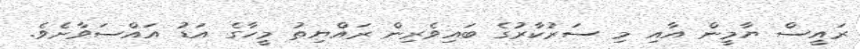
ރައީސް ޔާމީން އާއި މި ސަރުކާރުގެ ބައިވެރިން ރައްޔިތު މީހާގެ އަޑު އައްސަވާށެވެ.